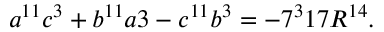
a ^ { 1 1 } c ^ { 3 } + b ^ { 1 1 } a { 3 } - c ^ { 1 1 } b ^ { 3 } = - 7 ^ { 3 } 1 7 R ^ { 1 4 } .